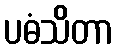
ပဓံသိတာ